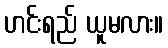
ဟင်းရည် ယူမလား။